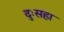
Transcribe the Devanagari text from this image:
दुःसहा